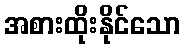
အစားထိုးနိုင်သော